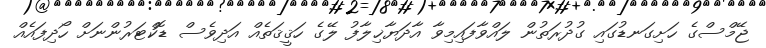
ޖޭމްސްގެ ހަށިގަނޑުގައި ގުދުރަތުން ލައްވާފައިމިވާ އާދަޔާޚިލާފު ލޭގެ ހަޤީޤަތެއް އަދިވެސް ޑޮކްޓަރުންނަށް ހޯދިފައެއް